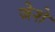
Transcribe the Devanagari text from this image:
जेशे